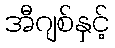
အီဂျစ်နှင့်